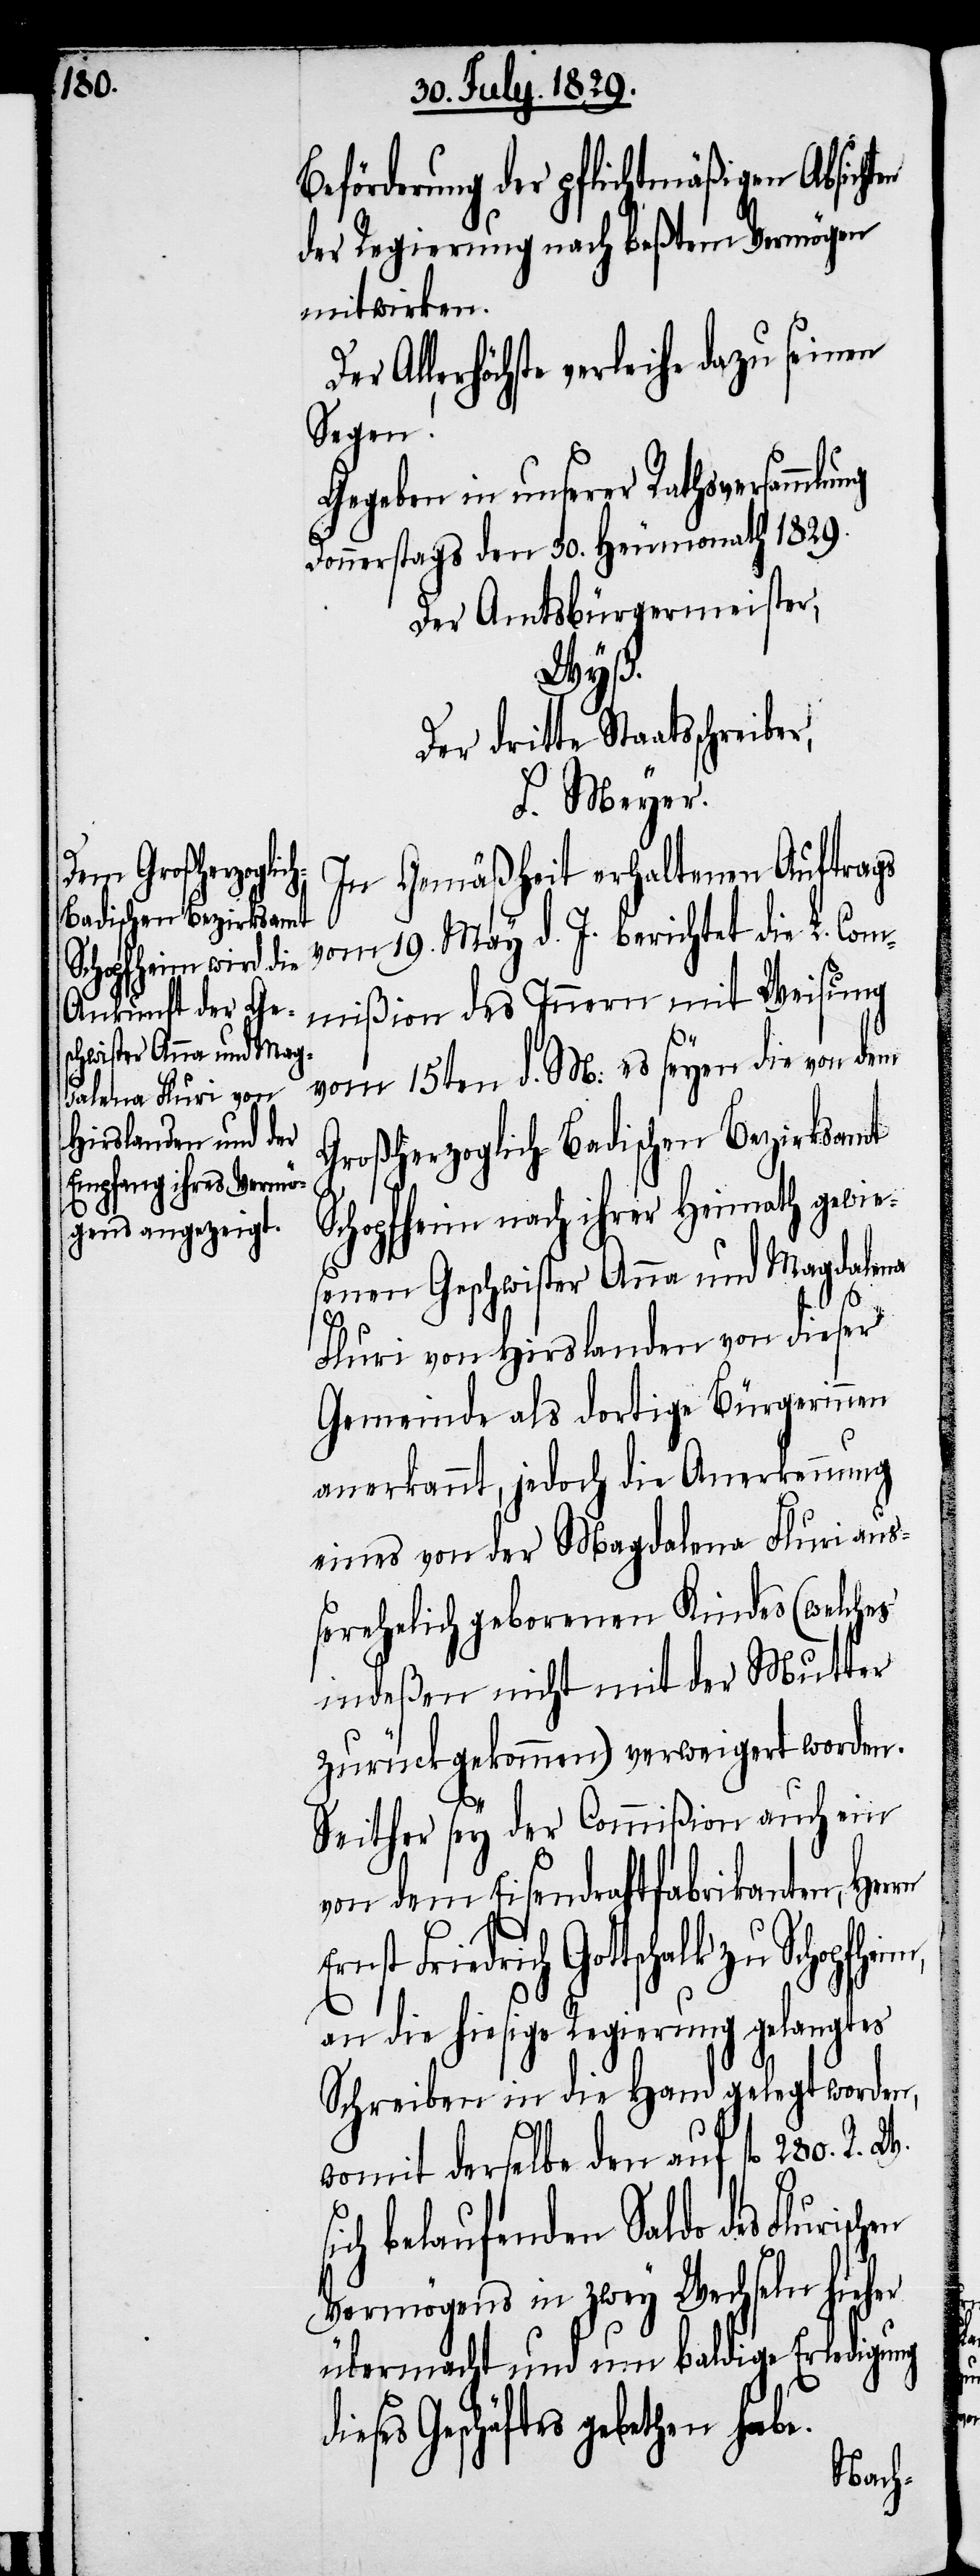
Beförderung der pflichtmäßigen Absicht¬
der Regierung nach beßtem Vermögen
mitwirken.
Allerhöchste verleihe dazu seinen
Segen!
Gegeben in unserer Rathsversammlung
Donnerstags den 30. Heumonath 1829.
Der Amtsbürgermeister,
W. s¬
Der dritte Staatsschreibe¬
F. Meyer.
In Gemäßheit erhaltenen Auftrags
vom 19. May d. J. berichtet die L. Co¬
mmißion des Innern mit Weisung
r,
vom 15ten d. M: es seyen die von dem
Großherzoglich-Badischen Bezirksamte
Schopfheim nach ihrer Heimath gewie¬
senen Geschwister Anna und Magdalena
Fluri von Hirslanden von dieser
Gemeinde als dortige Bürgerinnen
anerkannt, jedoch die Anerkennung
eines von der Magdalena Fluri au¬
ßerehelich geborenen Kindes (welches
indeßen nicht mit der Mutter
zurückgekommen) verweigert worden.
Seither sey der Commißion auch ein
von dem Eisendrahtfabrikanten, Herrn
Friedrich Gottschalk zu
an die hiesige Regierung gelangtes
Schreiben in die Hand gelegt worden,
womit derselbe den auf fl. 280. R.
ich belaufenden Saldo des
Vermögens in zwey Wechseln hieher
übermacht und um baldige Erledigung
Geschäfts gebethen habe.